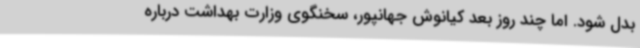
بدل شود. اما چند روز بعد کیانوش جهانپور، سخنگوی وزارت بهداشت درباره